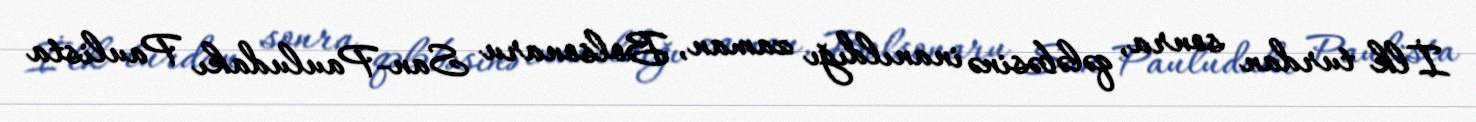
İlk turdan sonra, qələbəsinə inanıldığı zaman, Bolsonaru San-Pauludakı Paulista